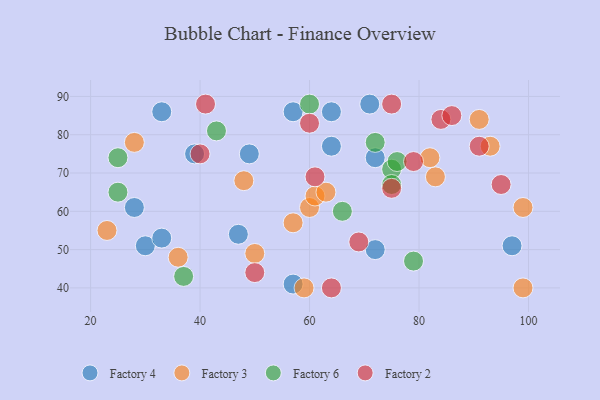
{"axis": {"x": "GDP", "y": "Life Expectancy"}, "legend": ["Factory 2", "Factory 3", "Factory 4", "Factory 6"], "data": [{"x": "72", "y": 74, "type": "Factory 4"}, {"x": "47", "y": 54, "type": "Factory 4"}, {"x": "57", "y": 86, "type": "Factory 4"}, {"x": "30", "y": 51, "type": "Factory 4"}, {"x": "39", "y": 75, "type": "Factory 4"}, {"x": "57", "y": 41, "type": "Factory 4"}, {"x": "64", "y": 86, "type": "Factory 4"}, {"x": "49", "y": 75, "type": "Factory 4"}, {"x": "72", "y": 50, "type": "Factory 4"}, {"x": "33", "y": 86, "type": "Factory 4"}, {"x": "28", "y": 61, "type": "Factory 4"}, {"x": "33", "y": 53, "type": "Factory 4"}, {"x": "71", "y": 88, "type": "Factory 4"}, {"x": "97", "y": 51, "type": "Factory 4"}, {"x": "64", "y": 77, "type": "Factory 4"}, {"x": "59", "y": 40, "type": "Factory 3"}, {"x": "99", "y": 61, "type": "Factory 3"}, {"x": "48", "y": 68, "type": "Factory 3"}, {"x": "99", "y": 40, "type": "Factory 3"}, {"x": "83", "y": 69, "type": "Factory 3"}, {"x": "28", "y": 78, "type": "Factory 3"}, {"x": "60", "y": 61, "type": "Factory 3"}, {"x": "57", "y": 57, "type": "Factory 3"}, {"x": "61", "y": 64, "type": "Factory 3"}, {"x": "91", "y": 84, "type": "Factory 3"}, {"x": "50", "y": 49, "type": "Factory 3"}, {"x": "82", "y": 74, "type": "Factory 3"}, {"x": "93", "y": 77, "type": "Factory 3"}, {"x": "23", "y": 55, "type": "Factory 3"}, {"x": "63", "y": 65, "type": "Factory 3"}, {"x": "36", "y": 48, "type": "Factory 3"}, {"x": "37", "y": 43, "type": "Factory 6"}, {"x": "25", "y": 65, "type": "Factory 6"}, {"x": "25", "y": 74, "type": "Factory 6"}, {"x": "79", "y": 47, "type": "Factory 6"}, {"x": "60", "y": 88, "type": "Factory 6"}, {"x": "43", "y": 81, "type": "Factory 6"}, {"x": "75", "y": 71, "type": "Factory 6"}, {"x": "72", "y": 78, "type": "Factory 6"}, {"x": "76", "y": 73, "type": "Factory 6"}, {"x": "66", "y": 60, "type": "Factory 6"}, {"x": "75", "y": 67, "type": "Factory 6"}, {"x": "79", "y": 73, "type": "Factory 2"}, {"x": "91", "y": 77, "type": "Factory 2"}, {"x": "60", "y": 83, "type": "Factory 2"}, {"x": "41", "y": 88, "type": "Factory 2"}, {"x": "50", "y": 44, "type": "Factory 2"}, {"x": "84", "y": 84, "type": "Factory 2"}, {"x": "86", "y": 85, "type": "Factory 2"}, {"x": "75", "y": 88, "type": "Factory 2"}, {"x": "64", "y": 40, "type": "Factory 2"}, {"x": "75", "y": 66, "type": "Factory 2"}, {"x": "95", "y": 67, "type": "Factory 2"}, {"x": "69", "y": 52, "type": "Factory 2"}, {"x": "61", "y": 69, "type": "Factory 2"}, {"x": "40", "y": 75, "type": "Factory 2"}]}